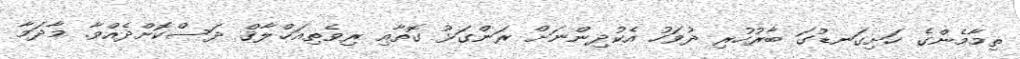
ތިމާމެންގެ ހަށިގަނޑުގަ ބާރުހުރި ދުވަހު އެކުދިންނަށް ރަންގަޅު ގޮތާއި ރިވެތިއަޚްލާޤް ދަސްކޮށްދެއްވާ. މާދަމާ